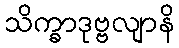
သိက္ခာဒုဗ္ဗလျာနိ